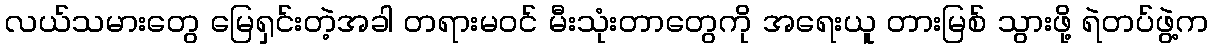
လယ်သမားတွေ မြေရှင်းတဲ့အခါ တရားမဝင် မီးသုံးတာတွေကို အရေးယူ တားမြစ် သွားဖို့ ရဲတပ်ဖွဲ့က